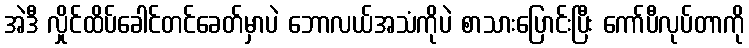
အဲဒီ လှိုင်ထိပ်ခေါင်တင်ခေတ်မှာပဲ ဘောလယ်အသံကိုပဲ စာသားပြောင်းပြီး ကော်ပီလုပ်တာကို